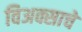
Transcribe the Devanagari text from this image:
विअक्साचे